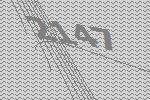
2147